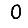
Digit: 0